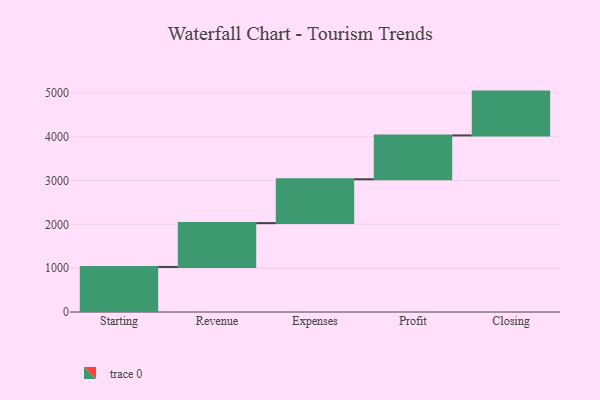
{"axis": {"x": "Step", "y": "Value"}, "legend": [""], "data": [{"x": "Starting", "y": 1028.0, "type": ""}, {"x": "Revenue", "y": 1000, "type": ""}, {"x": "Expenses", "y": 1000, "type": ""}, {"x": "Profit", "y": 1000, "type": ""}, {"x": "Closing", "y": 1000, "type": ""}]}